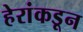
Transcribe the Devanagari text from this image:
हेरांकडून